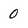
Character: 0